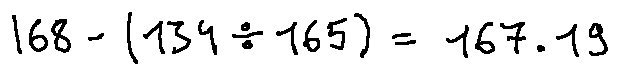
1 6 8 - ( 1 3 4 \div 1 6 5 ) = 1 6 7 . 1 9